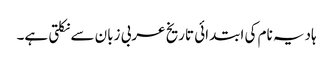
ہادیہ نام کی ابتدائی تاریخ عربی زبان سے نکلتی ہے۔